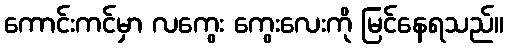
ကောင်းကင်မှာ လကွေး ကွေးလေးကို မြင်နေရသည်။